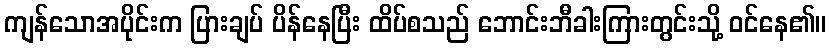
ကျန်သောအပိုင်းက ပြားချပ် ပိန်နေပြီး ထိပ်စသည် ဘောင်းဘီခါးကြားတွင်းသို့ ဝင်နေ၏။